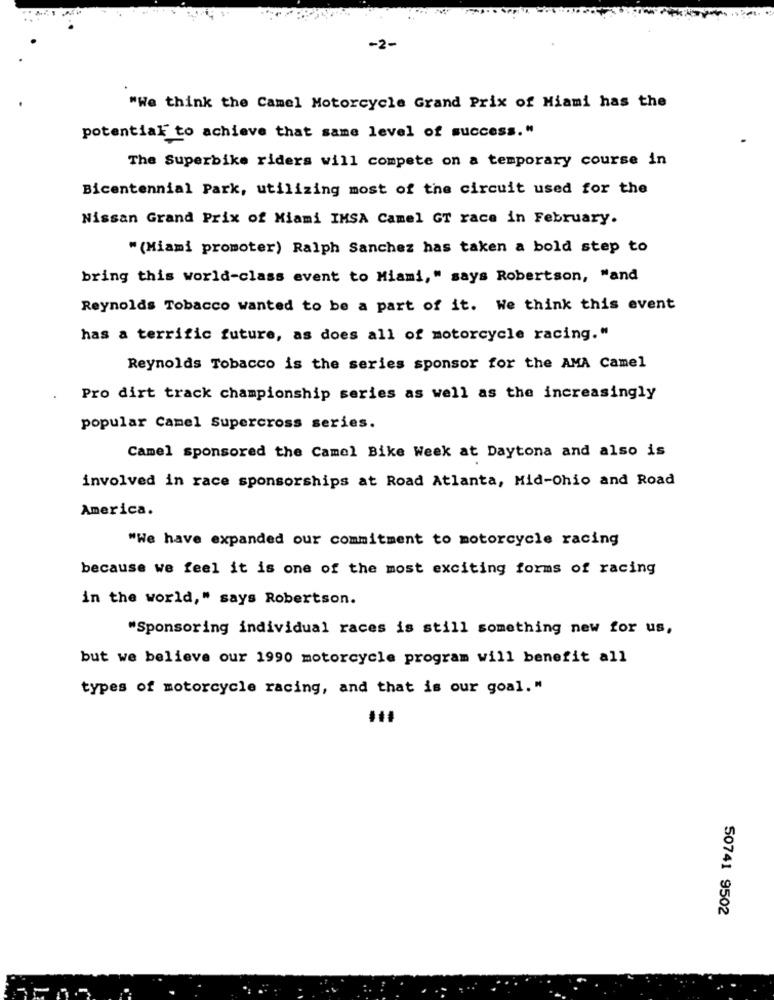
-2-
"We think the Camel Motorcycle Grand Prix of Miami has the
potential to achieve that same level of success."
The Superbike riders will compete on a temporary course in
Bicentennial Park, utilizing most of the circuit used for the
Nissan Grand Prix of Miami IMSA Camel GT race in February.
" (Miami promoter) Ralph Sanchez has taken a bold step to
bring this world-class event to Miami," says Robertson, "and
Reynolds Tobacco wanted to be a part of it. We think this event
has a terrific future, as does all of motorcycle racing."
Reynolds Tobacco is the series sponsor for the AMA Camel
Pro dirt track championship series as well as the increasingly
popular Camel Supercross series.
Camel sponsored the Camel Bike Week at Daytona and also is
involved in race sponsorships at Road Atlanta, Mid-Ohio and Road
America.
"We have expanded our commitment to motorcycle racing
because we feel it is one of the most exciting forms of racing
in the world," says Robertson.
"Sponsoring individual races is still something new for us,
but we believe our 1990 motorcycle program will benefit all
types of motorcycle racing, and that is our goal."
50741 9502